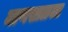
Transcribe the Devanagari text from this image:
माणसाळला